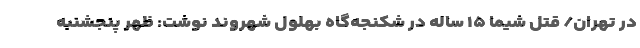
در تهران/ قتل شیما ۱۵ ساله در شکنجه‌گاه بهلول شهروند نوشت: ظهر پنجشنبه